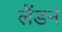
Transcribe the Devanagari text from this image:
लैंडन